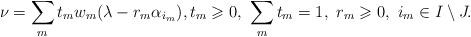
LaTeX: \begin{align*}\nu = \sum_m t_m w_m( \lambda - r_m \alpha_{i_m}),t_m \geqslant 0,\ \sum_m t_m = 1,\ r_m \geqslant 0,\ i_m \in I\setminus J.\end{align*}